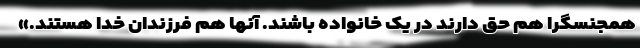
همجنسگرا هم حق دارند در یک خانواده باشند. آنها هم فرزندان خدا هستند.»